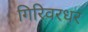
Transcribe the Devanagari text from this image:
गिरिवरधर